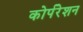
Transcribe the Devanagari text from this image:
कोर्परेशन